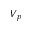
V _ { p }